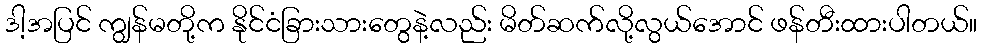
ဒါ့အပြင် ကျွန်မတို့က နိုင်ငံခြားသားတွေနဲ့လည်း မိတ်ဆက်လို့လွယ်အောင် ဖန်တီးထားပါတယ်။